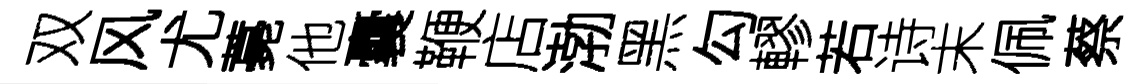
双风尤薧他囊鞭店渤黑勾轇若诗末佩蔡